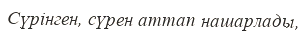
Сүрінген, сүрен аттап нашарлады,